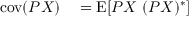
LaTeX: \begin{array} { r l } { \operatorname { c o v } ( P X ) } & { { } = \operatorname { E } [ P X ~ ( P X ) ^ { * } ] } \end{array}